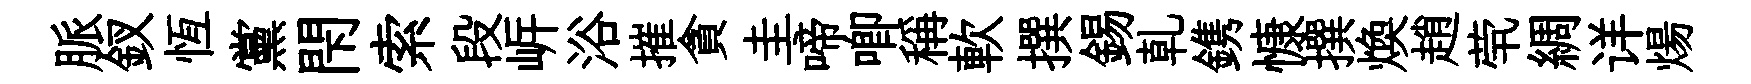
脈釵恆黨閇索段㟁浴摧貪圭啼唧稱軟撰錫乹鎸慷撰煥趙茕綢详煬